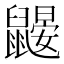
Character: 鼹